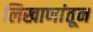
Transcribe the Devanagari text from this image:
लिखाणांतून